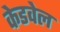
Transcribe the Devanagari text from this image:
केडवेल